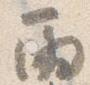
雨